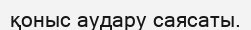
қоныс аудару саясаты.